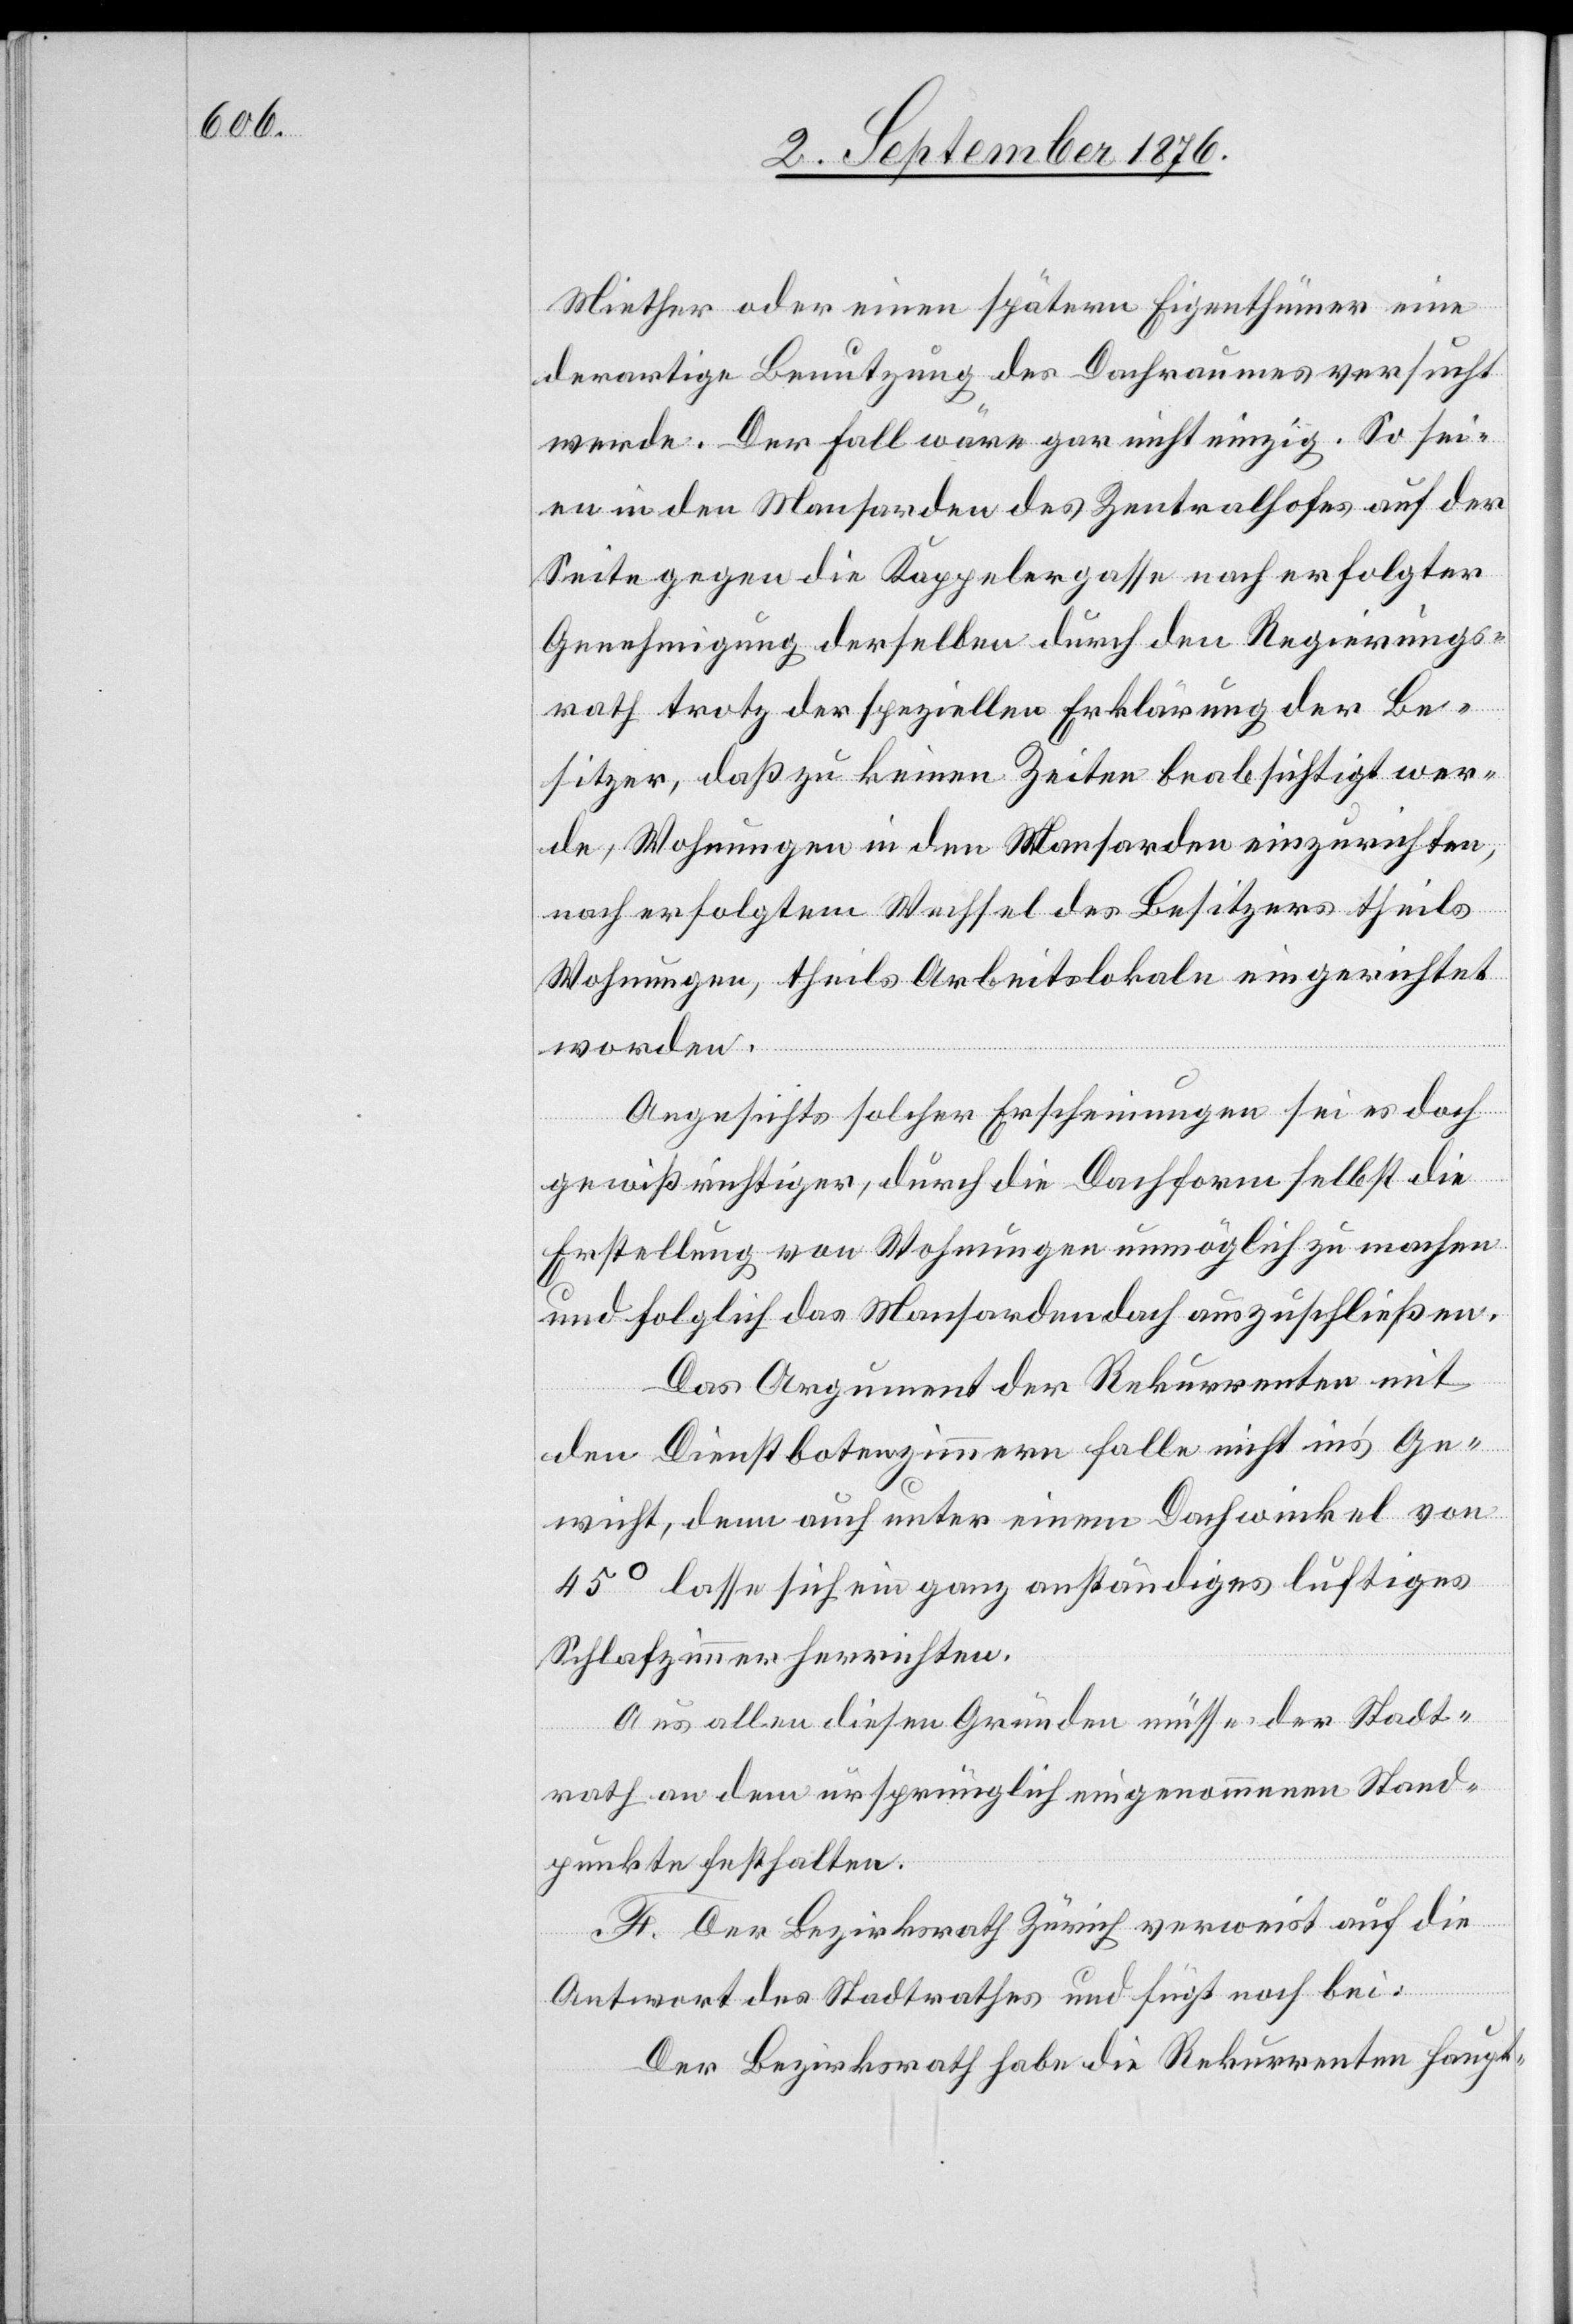
Miether oder einen spätern Eigenthümer eine
derartige Benutzung des Dachraumes versucht
werde. Der Fall wäre gar nicht einzig. So sei¬
en in den Mansarden des Zentralhofes auf der
Seite gegen die Kappelergasse nach erfolgter
Genehmigung derselben durch den Regierungs¬
rath trotz der speziellen Erklärung der Be¬
sitzer, daß zu keinen Zeiten beabsichtigt wer¬
de, Wohnungen in den Mansarden einzurichten,
nach erfolgtem Wechsel des Besitzers theils
Wohnungen, theils Arbeitslokale eingerichtet
worden.
Angesichts solcher Erscheinungen sei es doch
gewiß richtiger, durch die Dachform selbst die
Erstellung von Wohnungen unmöglich zu machen
und folglich das Mansardendach auszuschließen.
Das Argument der Rekurrenten mit
den Dienstbotenzimmern falle nicht in’s Ge¬
wicht, denn auch unter einem Dachwinkel von
45° lasse sich ein ganz anständiges luftiges
Schlafzimmer herrichten.
Aus allen diesen Gründen müsse der Stadt¬
rath an dem ursprünglich eingenommenen Stand¬
punkte festhalten.
F. Der Bezirksrath Zürich verweist auf die
Antwort des Stadtrathes und fügt noch bei:
Der Bezirksrath habe die Rekurrenten haupt-